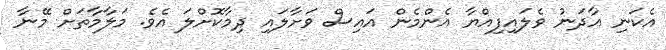
އެކަނި އާދަނު ވެލައިފިއްޔާ އެންމެން އައިސް ވަށާލައި ދިމާކޮށްލަ އެވެ. މަލާމާތަށް މޭނާ